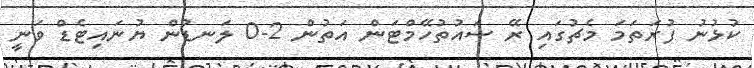
ކުޅުނު ފުރަތަމަ މެޗުގައި ރޭ ސައުތުހޭމްޓަން އަތުން 2-0 ލަނޑުން ޔުނައިޓެޑް ވަނީ